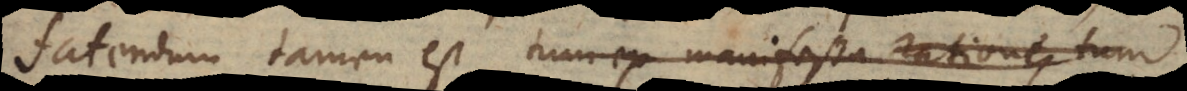
fatendum tamen est, ob manifestas rationes